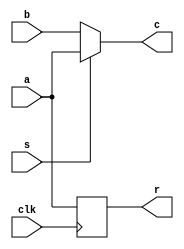
/* Generated by Yosys 0.9+4052 (git sha1 0ccc7229c, clang 11.0.1-2 -fPIC -Os) */

(* cells_not_processed =  1  *)
(* src = "test_mux.v:1.1-11.10" *)
module test(a, b, s, clk, c, r);
  (* src = "test_mux.v:8.1-9.16" *)
  wire _0_;
  (* src = "test_mux.v:3.5-3.17" *)
  wire _1_;
  (* src = "test_mux.v:6.12-6.21" *)
  wire _2_;
  (* src = "test_mux.v:1.19-1.20" *)
  input a;
  (* src = "test_mux.v:1.28-1.29" *)
  input b;
  (* src = "test_mux.v:1.58-1.59" *)
  output c;
  (* src = "test_mux.v:1.46-1.49" *)
  input clk;
  (* src = "test_mux.v:1.68-1.69" *)
  output r;
  (* src = "test_mux.v:3.5-3.10" *)
  reg r_reg = 1'h0;
  (* src = "test_mux.v:1.37-1.38" *)
  input s;
  (* src = "test_mux.v:8.1-9.16" *)
  always @(posedge clk)
    r_reg <= a;
  assign _2_ = s ? (* src = "test_mux.v:6.12-6.21" *) a : b;
  assign r = r_reg;
  assign c = _2_;
  assign _1_ = 1'h0;
  assign _0_ = a;
endmodule